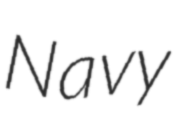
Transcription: Navy